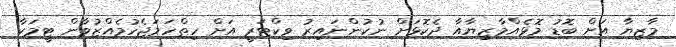
މާޒިޔާ އަށް ބޮޑު މޮޅެއްމާޒިޔާއާ ދެކޮޅަށް ނުކުންނައިރު ވިކްޓަރީ އަށް ހިތްހަމަޖެހުމެއްޒުވާން ޓީމަކާ